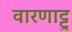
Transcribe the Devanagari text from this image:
वारणाट्टु